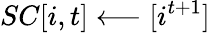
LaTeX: SC[i,t]\longleftarrow{[i^{t+1}]}